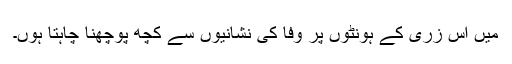
میں اس زری کے ہونٹوں پر وفا کی نشانیوں سے کچھ پوچھنا چاہتا ہوں۔